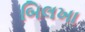
બિલખા